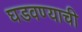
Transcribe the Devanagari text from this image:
घडवण्याची